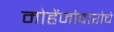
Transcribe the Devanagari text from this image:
मोहेंजोदारोचे